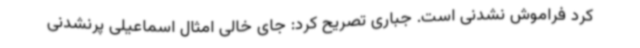
کرد فراموش نشدنی است. جباری تصریح کرد: جای خالی امثال اسماعیلی پرنشدنی